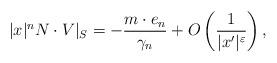
LaTeX: \begin{align*} |x|^n N \cdot V|_S = -{m\cdot e_n\over \gamma_n } + O\left( {1\over |x'|^{\varepsilon}} \right), \end{align*}